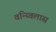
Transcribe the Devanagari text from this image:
वन्य्विलास